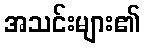
အသင်းများ၏